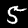
Digit: 5